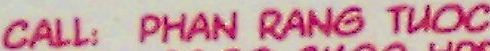
CALL: PHAN RANG TUOC